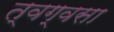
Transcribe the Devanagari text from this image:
त्वग्वसा